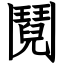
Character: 鬩